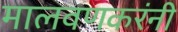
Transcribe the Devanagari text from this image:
मालवणकरंनी